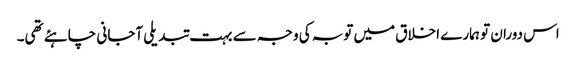
اس دوران تو ہمارے اخلاق میں توبہ کی وجہ سے بہت تبدیلی آجانی چاہئے تھی۔